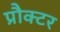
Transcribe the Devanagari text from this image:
प्रौक्टर